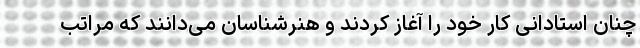
چنان استادانی کار خود را آغاز کردند و هنرشناسان می‌دانند که مراتب